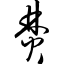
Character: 焚